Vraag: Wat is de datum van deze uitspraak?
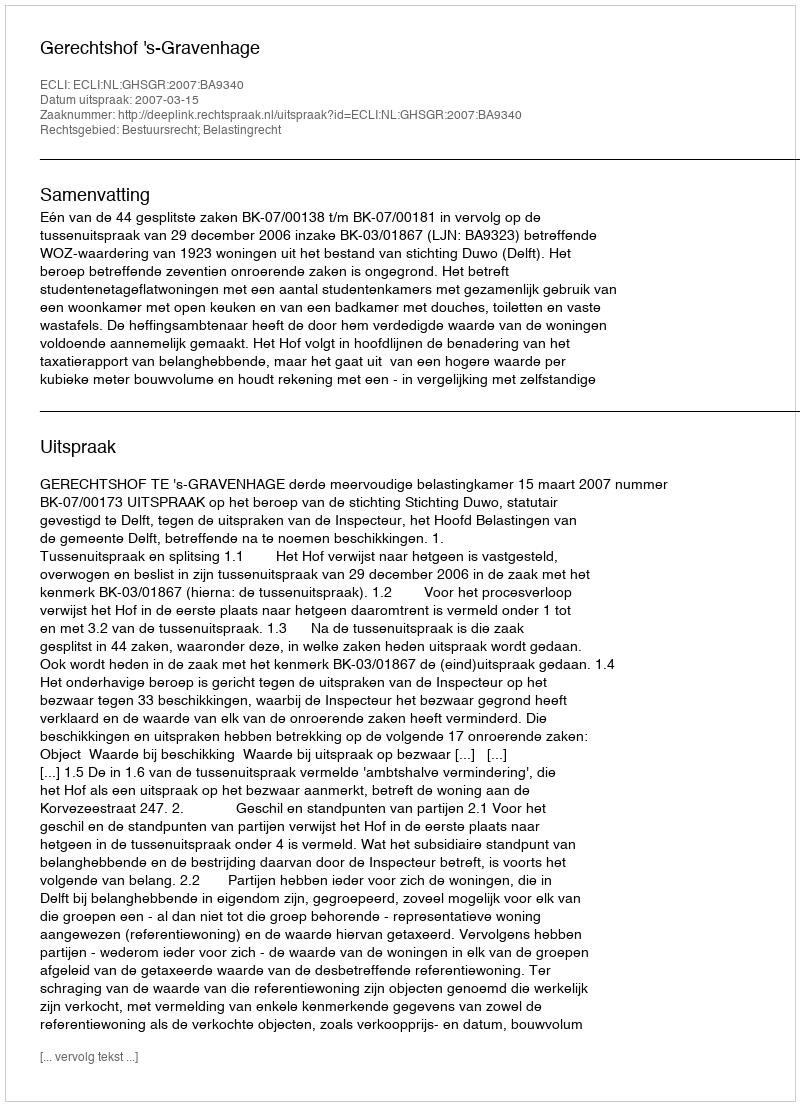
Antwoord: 2007-03-15